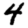
Digit: 4